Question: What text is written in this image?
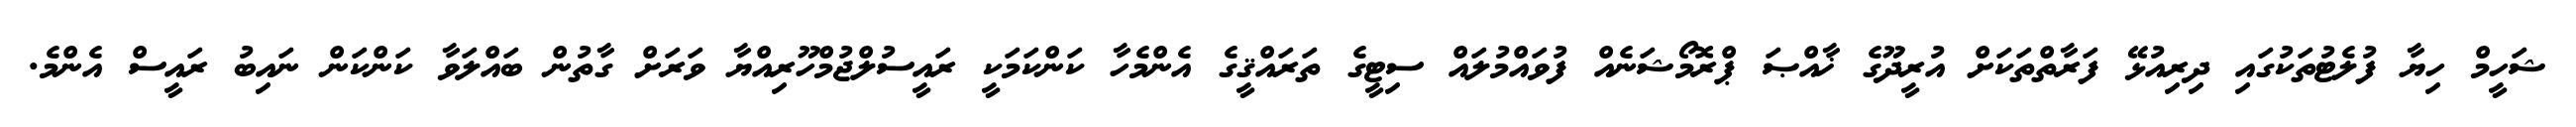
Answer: ޝަހީމް ހިޔާ ފުލެޓުތަކުގައި ދިރިއުޅޭ ފަރާތްތަކަށް އުރީދޫގެ ޚާއްޞަ ޕްރޮމޯޝަނެއް ފުވައްމުލައް ސިޓީގެ ތަރައްޤީގެ އެންމެހާ ކަންކަމަކީ ރައީސުލްޖުމްހޫރިއްޔާ ވަރަށް ގާތުން ބައްލަވާ ކަންކަން ނައިބު ރައީސް އެންމެ.